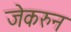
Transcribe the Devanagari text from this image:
जेकरुन